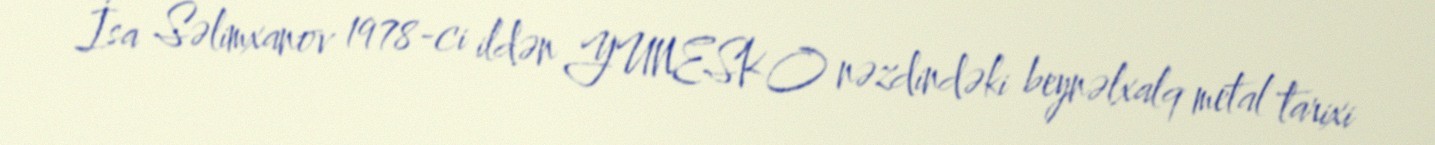
İsa Səlimxanov 1978-ci ildən YUNESKO nəzdindəki beynəlxalq metal tarixi